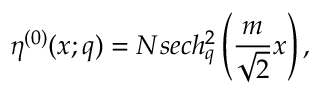
\eta ^ { ( 0 ) } ( x ; q ) = N s e c h _ { q } ^ { 2 } \left( \frac { m } { \sqrt 2 } x \right) ,